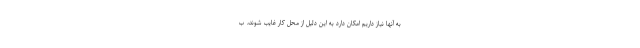
به آنها نیاز داریم امکان دارد به این دلیل از محل کار غایب شوند، ب